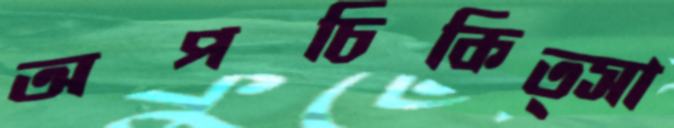
অপচিকিত্সা